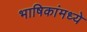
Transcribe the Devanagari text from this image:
भाषिकांमध्ये